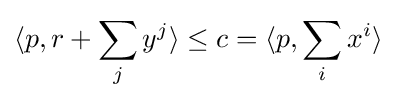
\langle p,r+\sum _{j}y^{j}\rangle \leq c=\langle p,\sum _{i}x^{i}\rangle